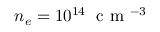
n _ { e } = 1 0 ^ { 1 4 } \; \mathrm { ~ c ~ m ~ } ^ { - 3 }